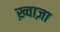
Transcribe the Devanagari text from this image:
ख़्वाज़ा